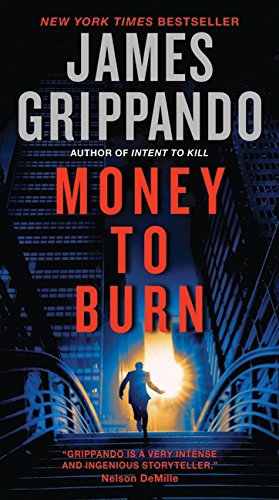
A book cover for Money to Burn; James Grippando; Mystery, Thriller & Suspense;